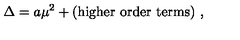
\Delta = a \mu ^ { 2 } + ( \mathrm { h i g h e r \ o r d e r \ t e r m s } ) \ ,